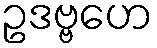
ဥဒဗ္ဗဟေ